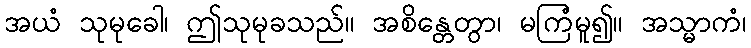
အယံ သုမုခေါ၊ ဤသုမုခသည်။ အစိန္တေတွာ၊ မကြံမူ၍။ အသ္မာကံ၊